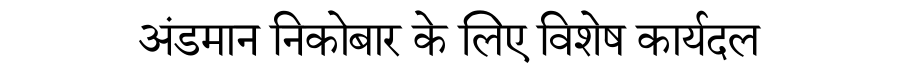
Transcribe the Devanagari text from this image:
अंडमान निकोबार के लिए विशेष कार्यदल